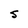
Character: 5